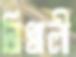
নিখালী